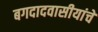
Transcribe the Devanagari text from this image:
बगदादवासीयांचे